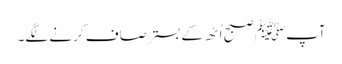
آپﷺ صبح اُٹھ کے بستر صاف کرنے لگے۔